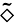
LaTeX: \widetilde{\diamond}